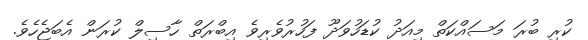
ކުރި ބުރަ މަސައްކަތް މިއަދު ކުޑަހުވަދޫ ފަހުރުވެރިވެ އިބްރަތް ހާސިލް ކުރަން އެބަޖެހެވެ.